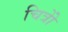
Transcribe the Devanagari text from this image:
चित्रोें